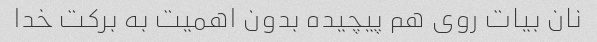
نان بیات روی هم پیچیده بدون اهمیت به برکت خدا‌